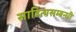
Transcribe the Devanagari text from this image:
साहित्यसम्बन्धी